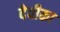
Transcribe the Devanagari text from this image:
देवीका